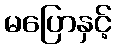
မပြောနှင့်